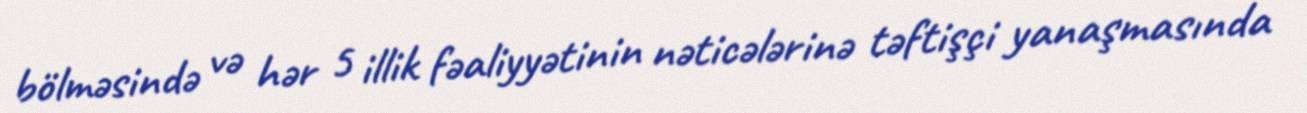
bölməsində və hər 5 illik fəaliyyətinin nəticələrinə təftişçi yanaşmasında